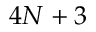
4 N + 3